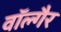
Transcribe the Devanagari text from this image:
वॉल्गैर